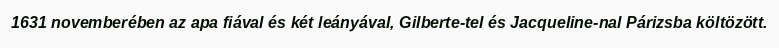
1631 novemberében az apa fiával és két leányával, Gilberte-tel és Jacqueline-nal Párizsba költözött.